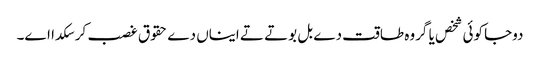
دوجا کوئی شخص یا گروہ طاقت دے بل بوتے تے ایناں دے حقوق غصب کر سکدا اے۔